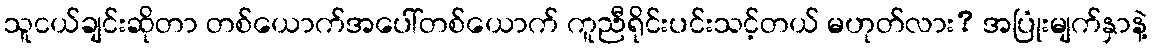
သူငယ်ချင်းဆိုတာ တစ်ယောက်အပေါ်တစ်ယောက် ကူညီရိုင်းပင်းသင့်တယ် မဟုတ်လား? အပြုံးမျက်နှာနဲ့